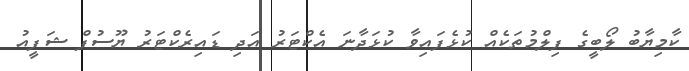
ކާމިޔާބު ލޯބީގެ ފިލްމުތަކެއް ކުޅެފައިވާ ކުޅަދާނަ އެކްޓަރު އަދި ޑައިރެކްޓަރު ޔޫސުފް ޝަފީއު